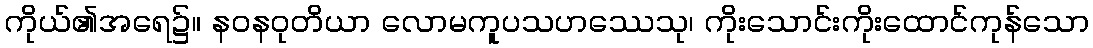
ကိုယ်၏အရေ၌။ နဝနဝုတိယာ လောမကူပသဟဿေသု၊ ကိုးသောင်းကိုးထောင်ကုန်သော